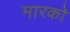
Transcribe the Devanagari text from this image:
मारको